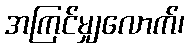
အကြင်မျှလောက်၊